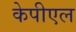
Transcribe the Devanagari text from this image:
केपीएल